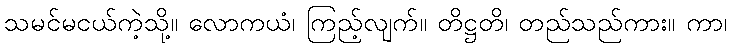
သမင်မငယ်ကဲ့သို့။ လောကယံ၊ ကြည့်လျက်။ တိဋ္ဌတိ၊ တည်သည်ကား။ ကာ၊